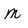
Character: m